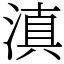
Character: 滇